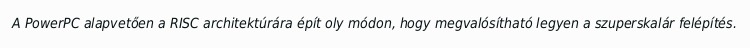
A PowerPC alapvetően a RISC architektúrára épít oly módon, hogy megvalósítható legyen a szuperskalár felépítés.